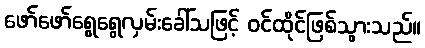
ဖော်ဖော်ရွေရွေလှမ်းခေါ်သဖြင့် ဝင်ထိုင်ဖြစ်သွားသည်။